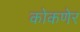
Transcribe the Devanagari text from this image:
कोकणेर